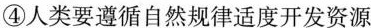
④人类要遵循自然规律适度开发资源